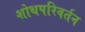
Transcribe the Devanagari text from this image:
शोथपरिवर्तन